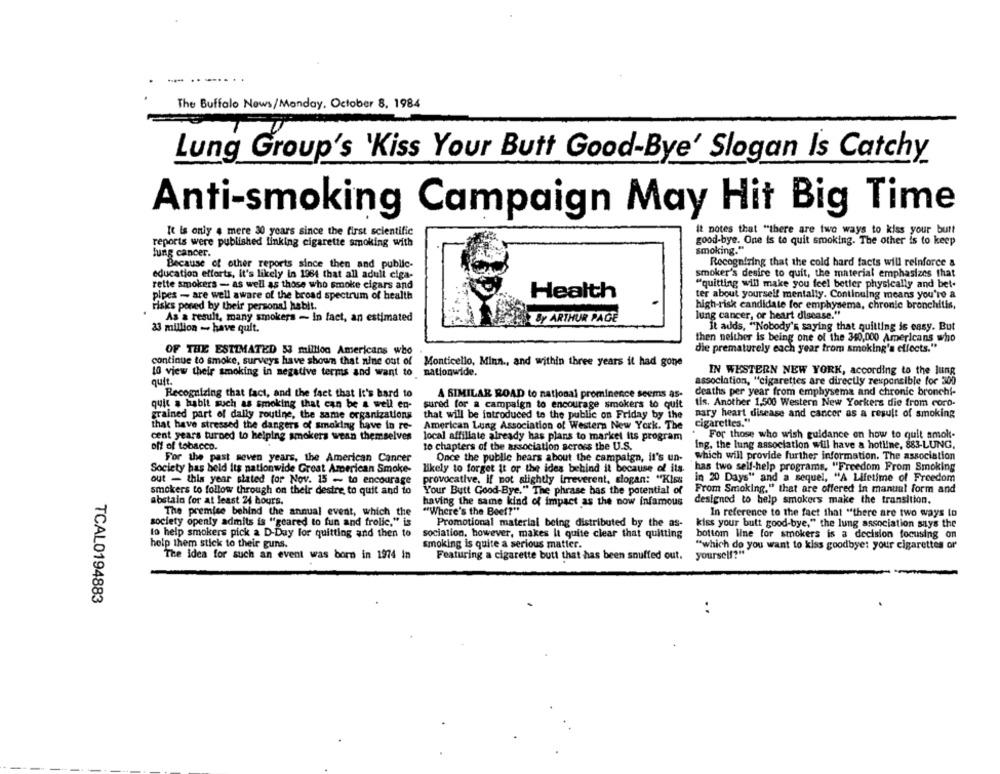
The Buffalo News/Monday, October 8, 1984
Lung Group's 'Kiss Your Butt Good-Bye' Slogan Is Catchy
Anti-smoking Campaign May Hit Big Time
It is only , mere 30 years since the first scientific
it notes that "there are two ways to kiss your burt
good-bye. One is to quit smoking. The other is to keep
reports were published linking cigarette smoking with
smoking."
lung cancer.
Recognizing that the cold hard facts will reinforce &
Because of other reports since then and public-
education efforts, it's likely in 1964 that all adult ciga-
smoker's desire to quit, the material emphasizes that
rette smokers - as well as those who smoke cigars and
"quitting will make you feel better physically and bet-
pipes - are well aware of the broad spectrum of health
Health
ter about yourself mentally. Continuing means you're a
risks pored by their personal habit.
high-risk candidate for emphysema, chronic bronchitis,
As a result, many smokers - In fact, an estimated
lung cancer, or heart disease."
Ly ARTHUR PAGE
It adds, "Nobody's saying that quilting is easy. But
33 million - have quit.
then nelther is being one of the 340,000 Americans who
die prematurely each year from smoking's effects."
OF THE ESTIMATED 53 million Americans who
continue to smoke, surveys have shown that nine out of
Monticello, Minn ., and within three years it had gone
10 view their smoking in negative terms and want to nationwide.
IN WESTERN NEW YORK, according to the lung
association, "cigarettes are directly responsible for 300
quit.
Recognizing that fact, and the fact that It's hard to
A SIMILAR ROAD to national prominence seems as-
deaths per year from emphysema and chronic bronchi-
tis. Another 1,500 Western New Yorkers die from coro-
quic # hablt such as smoking that can be a well en-
sured for a campaign to encourage smokers to quit
grained part of daily routine, the same organizations
that will be introduced to the public on Friday by the
nary heart disease and cancer as a result of smoking
that have stressed the dangers of smoking have in re-
American Lung Association of Western New York. The
cigarettes."
For those who wish guidance on how to quit amok-
cent years turned to helping smokers wean themselves
local affiliate already has plans to market its program
off of tobacco.
to chapters of the association across the U.S.
Ing. the lung association will have a hotline, 883-LUNG,
For the past seven years, the American Cancer
Once the public hears about the campaign, it's un-
which will provide further information. The association
Society has held its nationwide Great American Smoke-
likely to forget it or the idea behind it because of its.
has two self-help programs, "Freedom From Smoking
out - this year slated for Nov. 15 - to encourage
provocative, If not slightly irreverent, slogan: "Kiss
in 20 Days" and a sequel, "A Lifetime of Freedom
smokers to follow through on their desire to quit and to
Your Butt Good-Bye." The phrase has the potential of
From Smoking." that are offered in manual form and
abstain for at least 24 hours.
having the same kind of impact as the now infamous
designed to help smokers make the transition.
The premise behind the annual event, which the
"Where's the Beef?"
In reference to the fact that "there are two ways to
society openly admits is "geared to fun and frolic," is
Promotional material being distributed by the as-
kiss your butt good-bye," the lung association says the
to help smokers pick a D-Day For quitting and then to
sociation, however, makes It quite clear that quitting
bottom line for smokers is a decision focusing on
help them stick to their guns.
smoking is quite a serious matter.
"which do you want to kiss goodbye: your cigarettes or
The Idea for such an event was born in 1974 in
Featuring a cigarette butt that has been snuffed out.
yourself?""
TCAL0194883
: